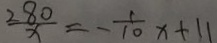
\frac { 2 8 0 } { x } = - \frac { 1 } { 1 0 } x + 1 1